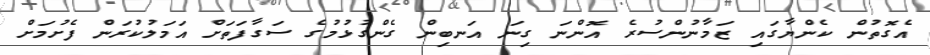
އެގޮތުން ކެންޔާގައި ޒަމާނުންސުރެ އޮންނަ ގިނަ އަނބިން ގެންގުޅުމުގެ ސަގާފަތަށް އަމަލުކުރަން ފެށުމަށް